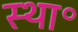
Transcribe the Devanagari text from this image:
स्था॰